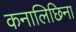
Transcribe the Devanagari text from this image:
कनालिछिना